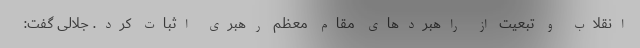
انقلاب و تبعیت از راهبردهای مقام معظم رهبری اثبات کرد. جلالی گفت: